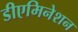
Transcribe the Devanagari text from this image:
डीएमिनेशन